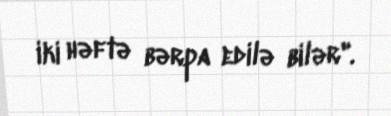
iki həftə bərpa edilə bilər".